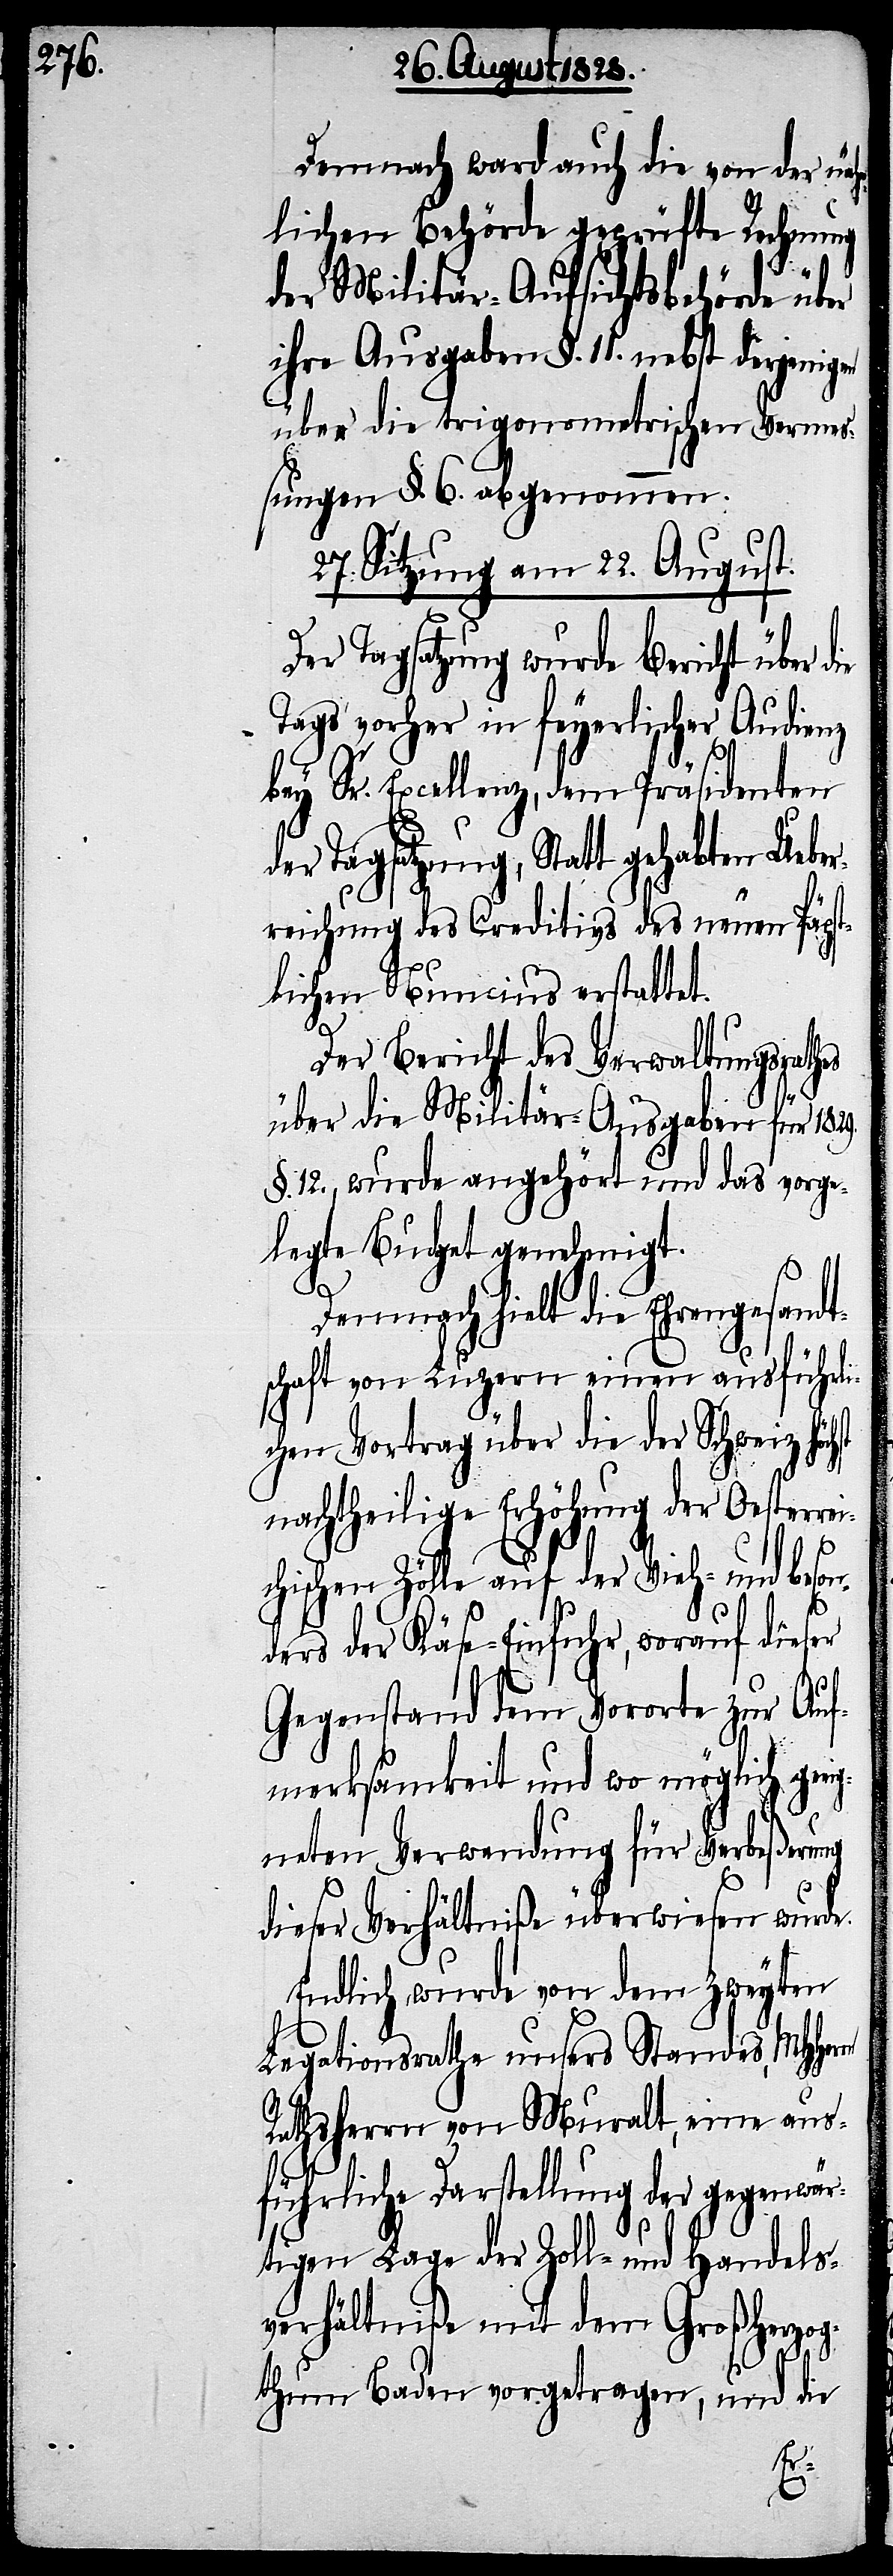
Demnach ward auch die von der näh¬
mlichen Behörde geprüfte Rechnung
der Militär-Aufsichtsbehörde über
ihre Ausgaben §. 11. nebst derjenigen
über die trigonometrischen Vermeß¬
ungen §. 6. abgenommen.
27. Sitzung am 22. August.
Der Tagsatzung wurde Bericht über d¬
Tags vorher in feyerlicher Audienz
bey Sr. Excellenz, dem Präsidenten
der Tagsatzung, Statt gehabten Ueber¬
reichung des Creditivs des neuen Päpst¬
lichen Nuncius erstattet.
Der Bericht des Verwaltungsrathes
über die Militär-Ausgaben für 1829.
§. 12., wurde angehört und das vorge¬
legte Budget genehmigt.
Demnach hielt die Ehrengesan¬
schaft von Luzern einen ausführli¬
chen Vortrag über die der Schweiz höc¬
nachtheilige Erhöhung der Oesterr¬
chischen Zölle auf der Vieh- und beson¬
ders der Käse-Einfuhr, worauf dieser
Gegenstand dem Vororte zur Auf¬
merksamkeit und wo möglich ge¬
gneten Verwendung für Verbeßerung
dieser Verhältniße überwiesen wurde.
Endlich wurde von dem zweyten
Legationsrathe unsers Standes, MHHer¬
Rathsherrn von Muralt, eine ausf¬
ührliche Darstellung der gegenwä¬
rtigen Lage der Zoll- und Handels¬
verhältniße mit dem Großherzog¬
thum Baden vorgetragen, und die
rn